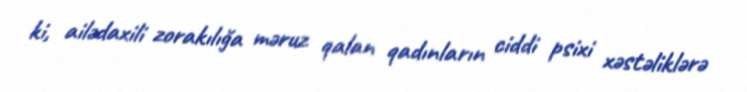
ki, ailədaxili zorakılığa məruz qalan qadınların ciddi psixi xəstəliklərə